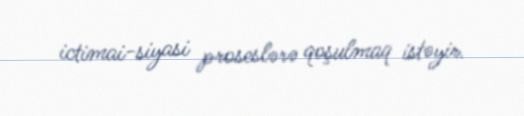
ictimai-siyasi proseslərə qoşulmaq istəyir.